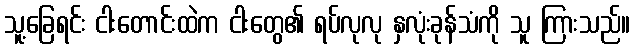
သူ့ခြေရင်း ငါးတောင်းထဲက ငါးတွေ၏ ရပ်လုလု နှလုံးခုန်သံကို သူ ကြားသည်။